Burma Government Medical School reports 1923-41
Year: 1923
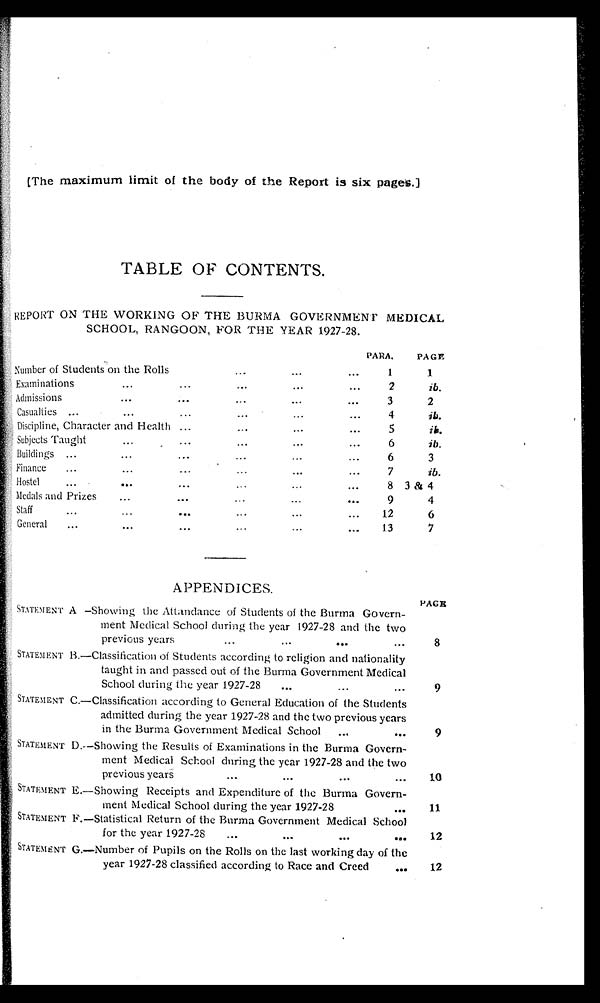
TABLE OF CONTENTS.
REPORT ON THE WORKING OF THE BURMA GOVERNMENT MEDICAL
SCHOOL, RANGOON, FOR THE YEAR 1927-28.
PARA.
PAGE
Number of Students on the Rolls . . .
1
1
Examinations
. . .
2
ib.
Admissions . . .
3
2
Casualties . . .
4
ib.
Discipline, Character and Health . . .
5
ib.
Subjects Taught . . .
6
ib.
Buildings . . .
6
3
Finance . . .
7
i b .
Hostel
.
.
.
8 3 & 4
Medals and Prizes . . .
9
4
S t a f f . . .
12
6
General
.
.
.
13
7
APPENDICES.
PAGE
STATEMENT A —Showing the Attandance of Students of the Burma Govern
-ment Medical School during the year 1927-28 and the two
previous years . . .
8
STATEMENT B.—Classification of Students according to religion and nationality
taught in and passed out of the Burma Government Medical
School during the year 1927-28 . . .
9
STATEMENT C.—Classification according to General Education of the Students
admitted during the year 1927-28 and the two previous years
in the Burma Government Medical School . . .
9
STATEMENT D.—Showing the Results of Examinations in the Burma Govern
-ment Medical School during the year 1927-28 and the two
previous years . . .
10
STATEMENT E.—Showing Receipts and Expenditure of the Burma Govern
-ment Medical School during the year 1927-28 . . .
11
STATEMENT F.—Statistical Return of the Burma Government Medical School
for the year 1927-28 . . .
12
STATEMENT G.—Number of Pupils on the Rolls on the last working day of the
year 1927-28 classified according to Race and Creed . . .
12